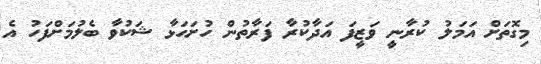
މިގޮތަށް އަމަލު ކުރާނީ ވަޒީފަ އަދާކުރާ ފަރާތުން ހުށަހަޅާ ޝަކުވާ ބެލުމަށްފަހު އެ